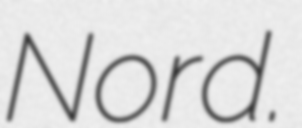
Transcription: Nord.